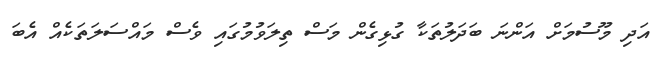
އަދި މޫސުމަށް އަންނަ ބަދަލުތަކާ ގުޅިގެން މަސް ތިލަވުމުގައި ވެސް މައްސަލަތަކެއް އެބަ